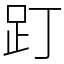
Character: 䟓